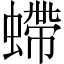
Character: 螮